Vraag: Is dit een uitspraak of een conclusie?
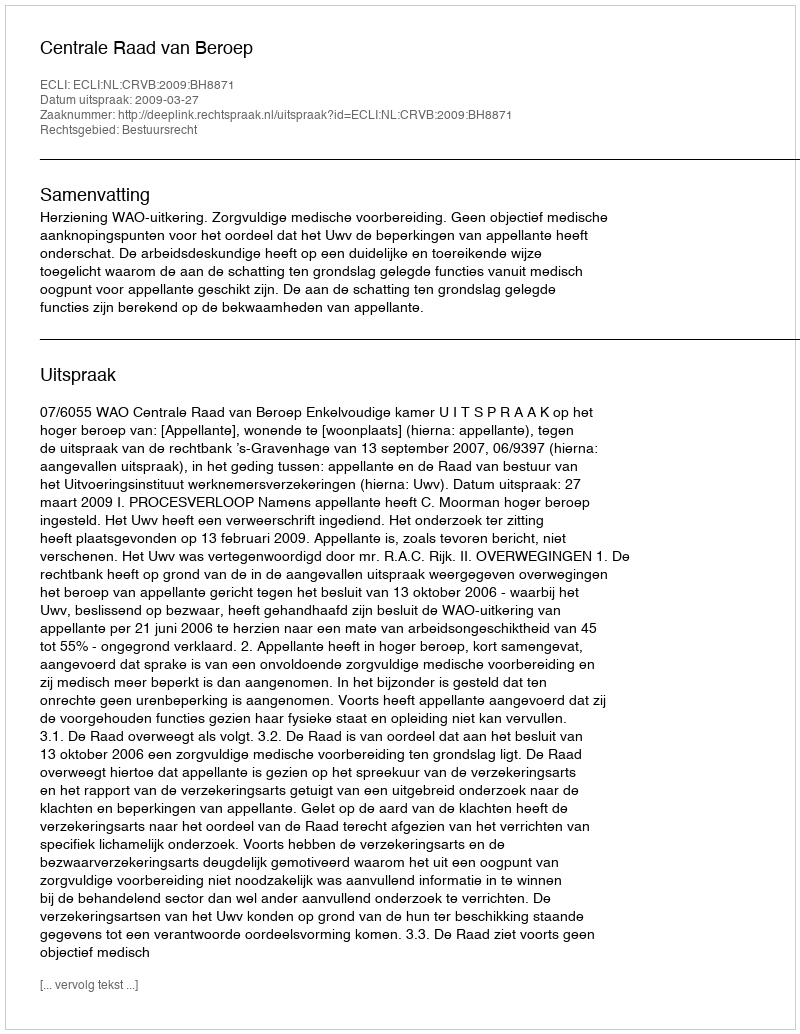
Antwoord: Uitspraak